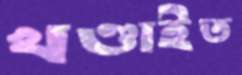
খণ্ডাইত